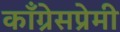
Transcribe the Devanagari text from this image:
काँग्रेसप्रेमी